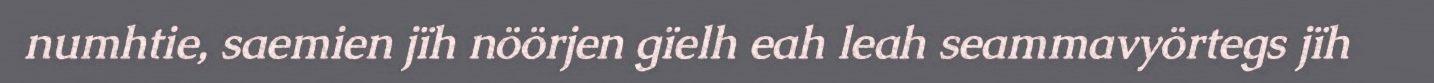
numhtie, saemien jïh nöörjen gïelh eah leah seammavyörtegs jïh